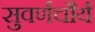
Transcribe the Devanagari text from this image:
सुवर्णचौर्य